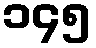
၁၄၅